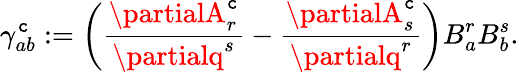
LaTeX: \gamma_{ab}^{\mathtt{c}}:=\left(\frac{{\partialA_{r}^{\mathtt{c}}}}{{\partialq^{s}}}-\frac{{\partialA_{s}^{\mathtt{c}}}}{{\partialq^{r}}}\right)B_{a}^{r}B_{b}^{s}.